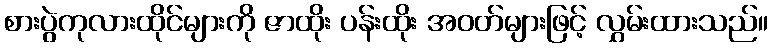
စားပွဲကုလားထိုင်များကို ဇာထိုး ပန်းထိုး အဝတ်များဖြင့် လွှမ်းထားသည်။